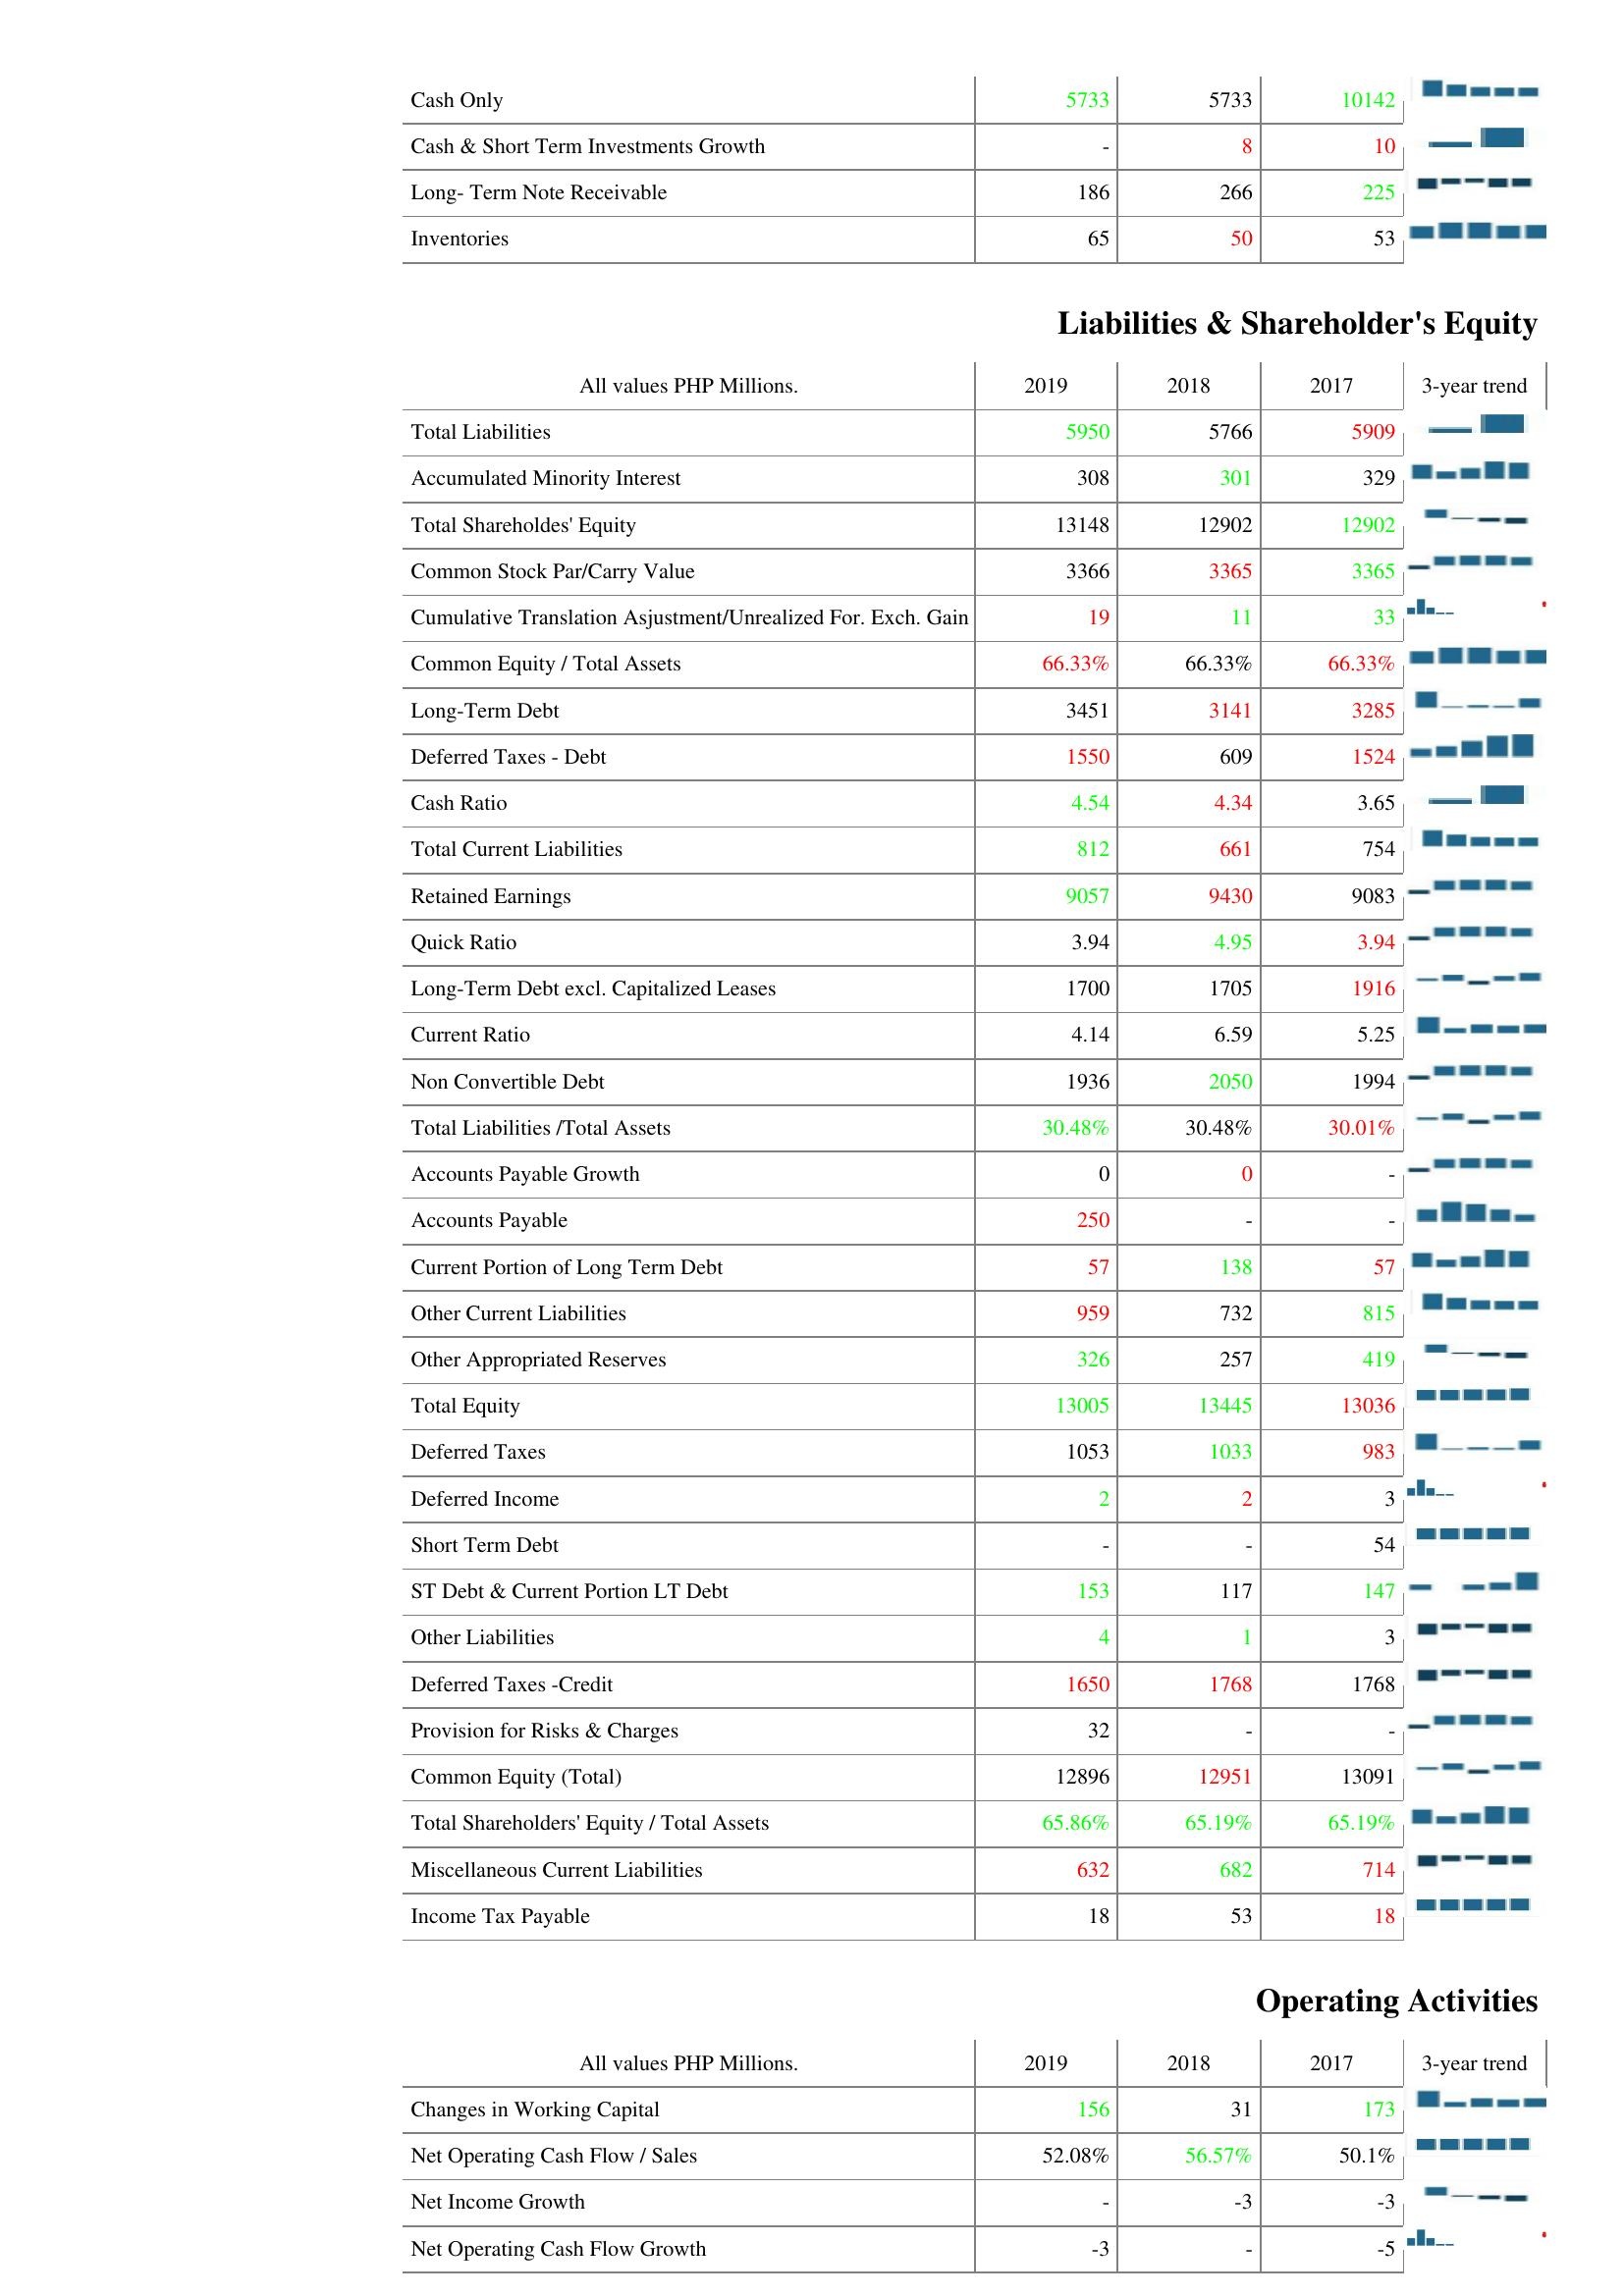
2019: Assets: Cash Only: 5733
Cash & Short Term Investments Growth: -
Long- Term Note Receivable: 186
Inventories: 65
Liabilities & Shareholder's Equity: Total Liabilities: 5950
Accumulated Minority Interest: 308
Total Shareholdes' Equity: 13148
Common Stock Par/Carry Value: 3366
Cumulative Translation Asjustment/Unrealized For. Exch. Gain: 19
Common Equity / Total Assets: 66.33%
Long-Term Debt: 3451
Deferred Taxes - Debt: 1550
Cash Ratio: 4.54
Total Current Liabilities: 812
Retained Earnings: 9057
Quick Ratio: 3.94
Long-Term Debt excl. Capitalized Leases: 1700
Current Ratio: 4.14
Non Convertible Debt: 1936
Total Liabilities /Total Assets: 30.48%
Accounts Payable Growth: 0
Accounts Payable: 250
Current Portion of Long Term Debt: 57
Other Current Liabilities: 959
Other Appropriated Reserves: 326
Total Equity: 13005
Deferred Taxes: 1053
Deferred Income: 2
Short Term Debt: -
ST Debt & Current Portion LT Debt: 153
Other Liabilities: 4
Deferred Taxes -Credit: 1650
Provision for Risks & Charges: 32
Common Equity (Total): 12896
Total Shareholders' Equity / Total Assets: 65.86%
Miscellaneous Current Liabilities: 632
Income Tax Payable: 18
Operating Activities: Changes in Working Capital: 156
Net Operating Cash Flow / Sales: 52.08%
Net Income Growth: -
Net Operating Cash Flow Growth: -3
2018: Assets: Cash Only: 5733
Cash & Short Term Investments Growth: 8
Long- Term Note Receivable: 266
Inventories: 50
Liabilities & Shareholder's Equity: Total Liabilities: 5766
Accumulated Minority Interest: 301
Total Shareholdes' Equity: 12902
Common Stock Par/Carry Value: 3365
Cumulative Translation Asjustment/Unrealized For. Exch. Gain: 11
Common Equity / Total Assets: 66.33%
Long-Term Debt: 3141
Deferred Taxes - Debt: 609
Cash Ratio: 4.34
Total Current Liabilities: 661
Retained Earnings: 9430
Quick Ratio: 4.95
Long-Term Debt excl. Capitalized Leases: 1705
Current Ratio: 6.59
Non Convertible Debt: 2050
Total Liabilities /Total Assets: 30.48%
Accounts Payable Growth: 0
Accounts Payable: -
Current Portion of Long Term Debt: 138
Other Current Liabilities: 732
Other Appropriated Reserves: 257
Total Equity: 13445
Deferred Taxes: 1033
Deferred Income: 2
Short Term Debt: -
ST Debt & Current Portion LT Debt: 117
Other Liabilities: 1
Deferred Taxes -Credit: 1768
Provision for Risks & Charges: -
Common Equity (Total): 12951
Total Shareholders' Equity / Total Assets: 65.19%
Miscellaneous Current Liabilities: 682
Income Tax Payable: 53
Operating Activities: Changes in Working Capital: 31
Net Operating Cash Flow / Sales: 56.57%
Net Income Growth: -3
Net Operating Cash Flow Growth: -
2017: Assets: Cash Only: 10142
Cash & Short Term Investments Growth: 10
Long- Term Note Receivable: 225
Inventories: 53
Liabilities & Shareholder's Equity: Total Liabilities: 5909
Accumulated Minority Interest: 329
Total Shareholdes' Equity: 12902
Common Stock Par/Carry Value: 3365
Cumulative Translation Asjustment/Unrealized For. Exch. Gain: 33
Common Equity / Total Assets: 66.33%
Long-Term Debt: 3285
Deferred Taxes - Debt: 1524
Cash Ratio: 3.65
Total Current Liabilities: 754
Retained Earnings: 9083
Quick Ratio: 3.94
Long-Term Debt excl. Capitalized Leases: 1916
Current Ratio: 5.25
Non Convertible Debt: 1994
Total Liabilities /Total Assets: 30.01%
Accounts Payable Growth: -
Accounts Payable: -
Current Portion of Long Term Debt: 57
Other Current Liabilities: 815
Other Appropriated Reserves: 419
Total Equity: 13036
Deferred Taxes: 983
Deferred Income: 3
Short Term Debt: 54
ST Debt & Current Portion LT Debt: 147
Other Liabilities: 3
Deferred Taxes -Credit: 1768
Provision for Risks & Charges: -
Common Equity (Total): 13091
Total Shareholders' Equity / Total Assets: 65.19%
Miscellaneous Current Liabilities: 714
Income Tax Payable: 18
Operating Activities: Changes in Working Capital: 173
Net Operating Cash Flow / Sales: 50.1%
Net Income Growth: -3
Net Operating Cash Flow Growth: -5